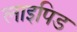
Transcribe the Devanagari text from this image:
लाइपिड